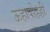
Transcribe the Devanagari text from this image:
ऊहापोहही